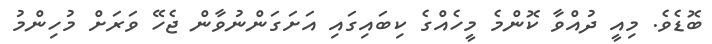
ބޮޑެވެ. މިއީ ދުއްވާ ކޮންމެ މީހެއްގެ ކިބައިގައި އަށަގަންްނުވާން ޖެހޭ ވަރަށް މުުހިންމު